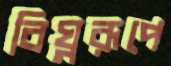
বিঘ্নরূপে